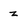
Character: z